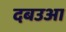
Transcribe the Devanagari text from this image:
दबउआ